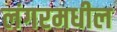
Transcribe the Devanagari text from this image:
लंगरमधील